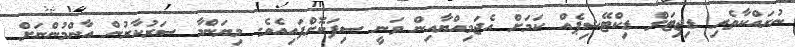
ނުރައްކާތެރި ޑިޖިޓަލް ޑިކްޓޭޝިޕެއް ކަމަށް އެޖަމިއްޔާއިން ވަނީ ސިފަކޮށްފައިއެވެ. މިޔަންމާ ސަރުކާރުން އާންމުންނަށް